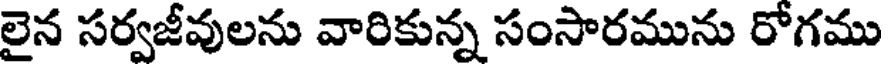
లైన సర్వజీవులను వారికున్న సంసారమును రోగము